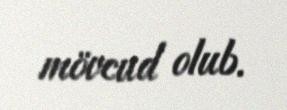
mövcud olub.